Annual report of the Punjab Veterinary College and of the Civil Veterinary Department, Punjab - 1920-1925
Year: 1920
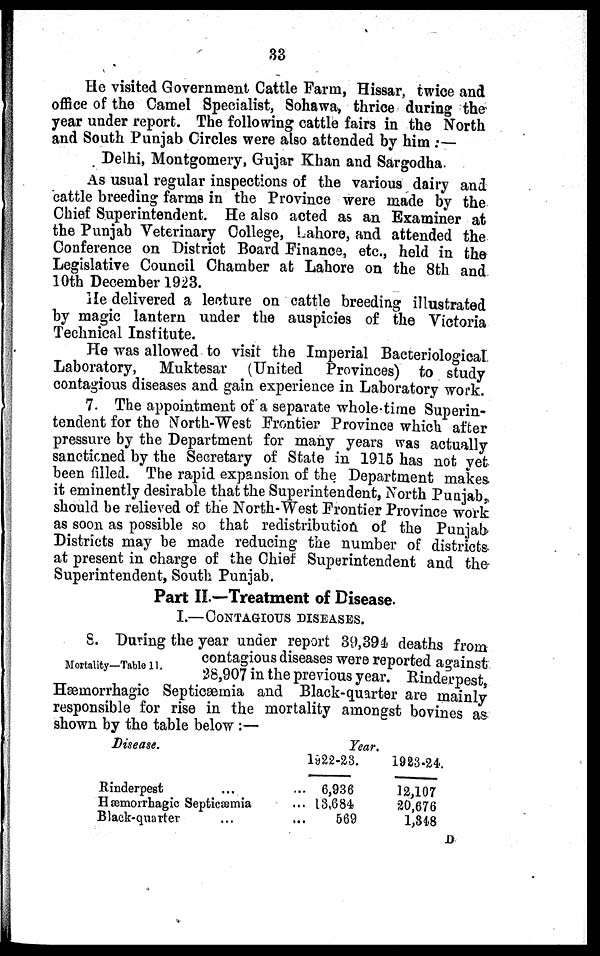
33
He visited Government Cattle Farm, Hissar, twice and
office of the Camel Specialist, Sohawa, thrice during the
year under report. The following cattle fairs in the North
and South Punjab Circles were also attended by him :—
Delhi, Montgomery, Gujar Khan and Sargodha.
As usual regular inspections of the various dairy and
cattle breeding farms in the Province were made by the
Chief Superintendent. He also acted as an Examiner at
the Punjab Veterinary College, Lahore, and attended the
Conference on District Board Finance, etc., held in the
Legislative Council Chamber at Lahore on the 8th and
10th December 1923.
He delivered a lecture on cattle breeding illustrated
by magic lantern under the auspicies of the Victoria
Technical Institute.
He was allowed to visit the Imperial Bacteriological
Laboratory, Muktesar (United Provinces) to study
contagious diseases and gain experience in Laboratory work.
7. The appointment of a separate whole-time Superin-
tendent for the North-West Frontier Province which after
pressure by the Department for many years was actually
sanctioned by the Secretary of State in 1915 has not vet
been filled. The rapid expansion of the Department makes
it eminently desirable that the Superintendent, North Punjab,
should be relieved of the North-West Frontier Province work
as soon as possible so that redistribution of the Punjab
Districts may be made reducing the number of districts
at present in charge of the Chief Superintendent and the
Superintendent, South Punjab.
Part II.—Treatment of Disease.
I.—CONTAGIOUS DISEASES.
Mortality—Table 11.
S. During the year under report 39,394 deaths from
contagious diseases were reported against
28,907 in the previous year. Rinderpest,
Hæmorrhagic Septicæmia and Black-quarter are mainly
responsible for rise in the mortality amongst bovines as
shown by the table below :—
Disease.
Rinderpest ...
Hæmorrhagic Septicæmia
Black-quarter ...
Year.
1922-23.
... 6,936
... 13,684
... 569
1923-24.
12,107
20,676
1,348
D